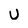
Character: U